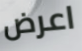
اعرض